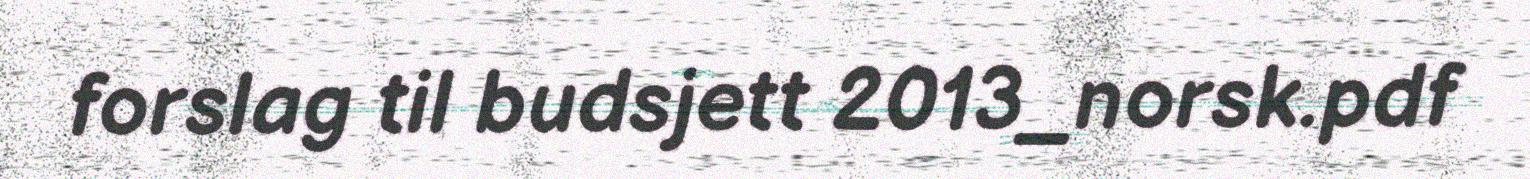
forslag til budsjett 2013_norsk.pdf